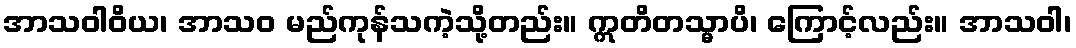
အာသဝါဝိယ၊ အာသဝ မည်ကုန်သကဲ့သို့တည်း။ ဣတိတသ္မာပိ၊ ကြောင့်လည်း။ အာသဝါ၊